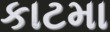
કાટમા